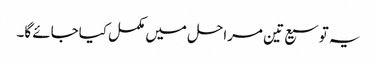
یہ توسیع تین مراحل میں مکمل کیاجائے گا۔